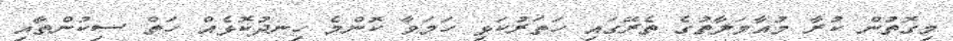
މިގޮތުން ކުރާ މުއާމަލާތުގެ ތެރޭގައި ހަތަރުކަޅި ހަމަވާ ކޮންމެ ހިނދުކޮޅެއް ހަތް ސިކުންތާއި